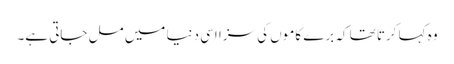
وہ کہا کرتا تھا کہ برے کاموں کی سزا اسی دنیا میں مل جاتی ہے۔